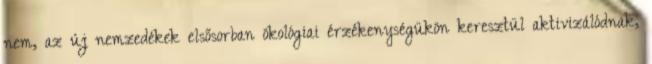
nem, az új nemzedékek elsősorban ökológiai érzékenységükön keresztül aktivizálódnak,